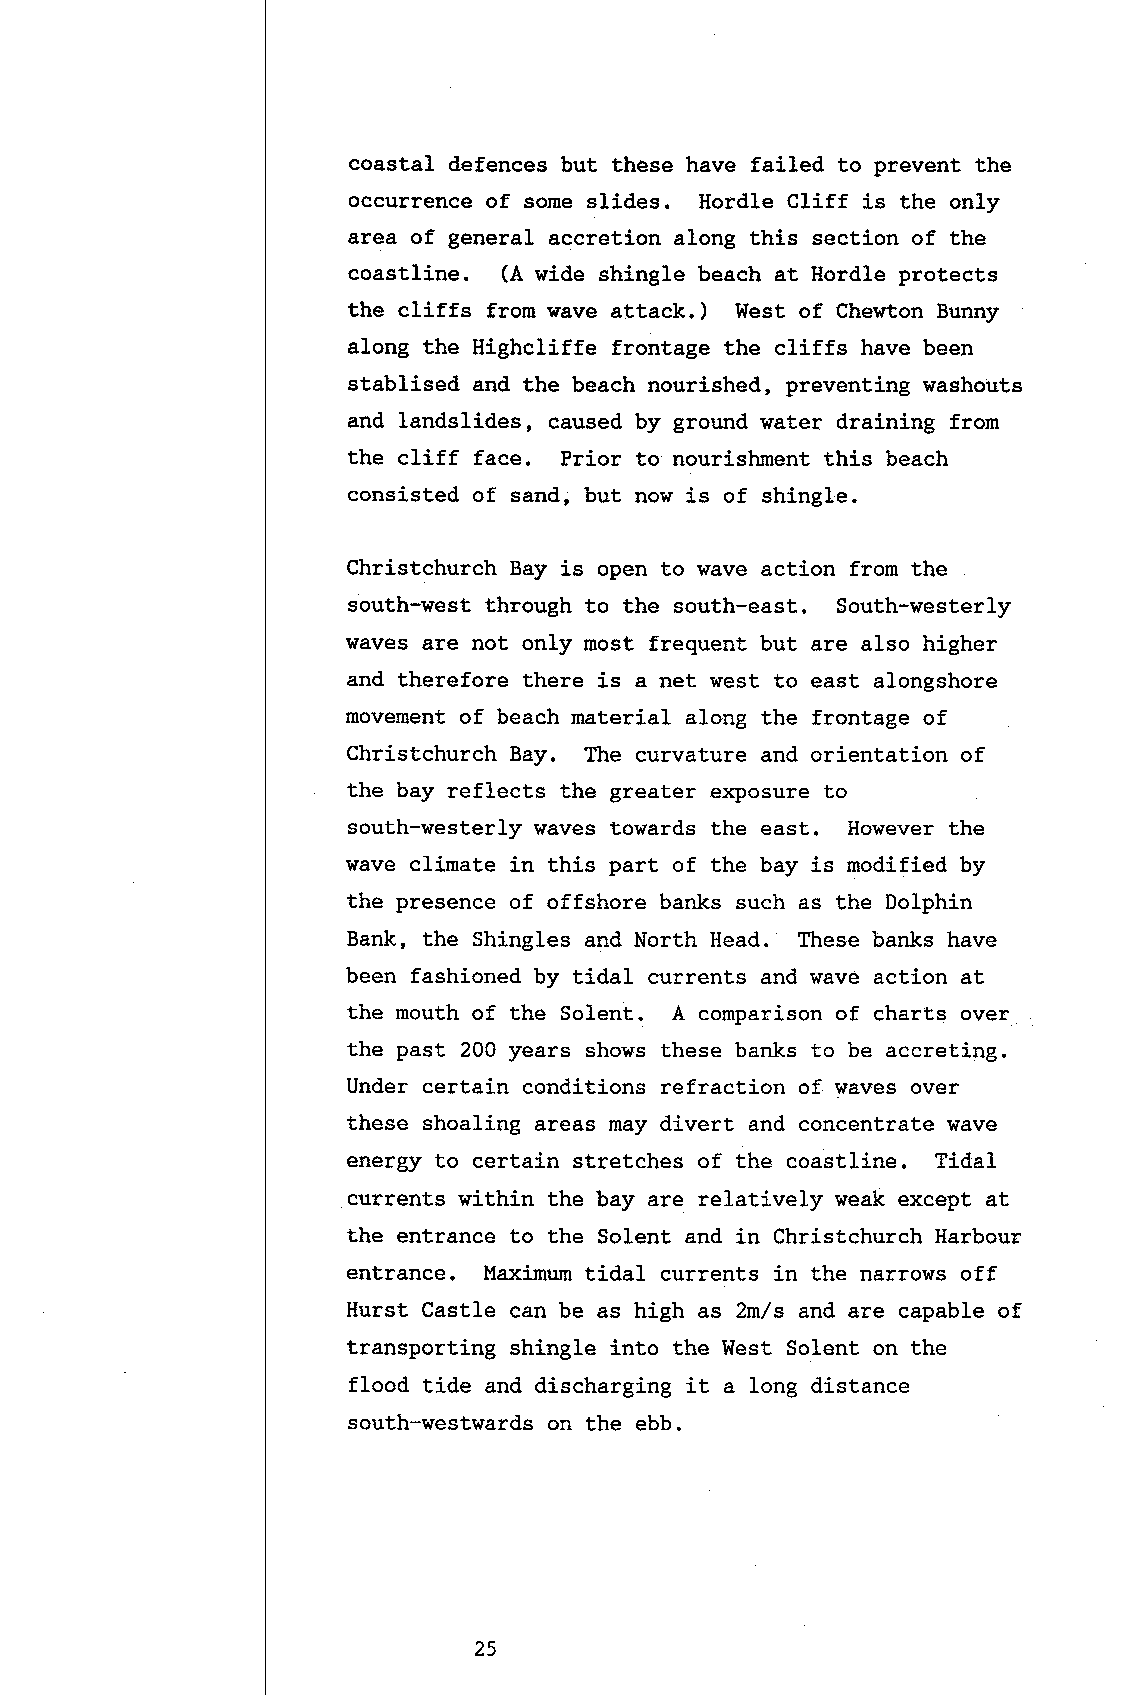
coastal defences but these have failed to prevent the
 occurrence of some slides. Hordle Cliff is the only
 area of general accretion along this section of the
 coastline. (A wide shingle beach at Hordle protects
 the cliffs from wave attack. ) West of Chewton Bunny
 along the Highcliffe frontage the cliffs have been
 stablised and the beach nourished, preventing washouts
 and landslides, caused by ground water draining from
 the cliff face. Prior to nourishment this beach
 consisted of sand, but now is of shingle.
 Christchurch Bay is open to wave action from the
 south-west through to the south-east. South-westerly
 waves are not only most freguent but are also higher
 and therefore there is a net west to east alongshore
 movement of beach material along the frontage of
 Christchurch Bay. The curvature and orientation of
 the bay reflects the greater exposure to
 south-westerly waves towards the east. However the
 rrrave climate in this part of the bay is modified by
 the presence of offshore banks such as the Dolphin
 Bank, the Shingles and North Head. These banks have
 been fashioned by tidal currents and wave action at
 the mouth of the Solent. A comparison of eharts over
 the past 200 years shows these banks to be accreting.
 Under certain conditions refraction of waves over
 these shoaling areas may divert and concentrate wave
 energy to certain stretches of the coastline. Tidal
 currents within the bay are relatively weak except at
 the entrance to the Solent and in Christchurch Harbour
 entrance. Maximum tidal currents in the narrows off
 Hurst Castle can be as high as 2m/s and are capable of
 transporting shingle into the West So1ent on the
 flood tide and discharging it a long distance
 south*westwards on the ebb.
 25